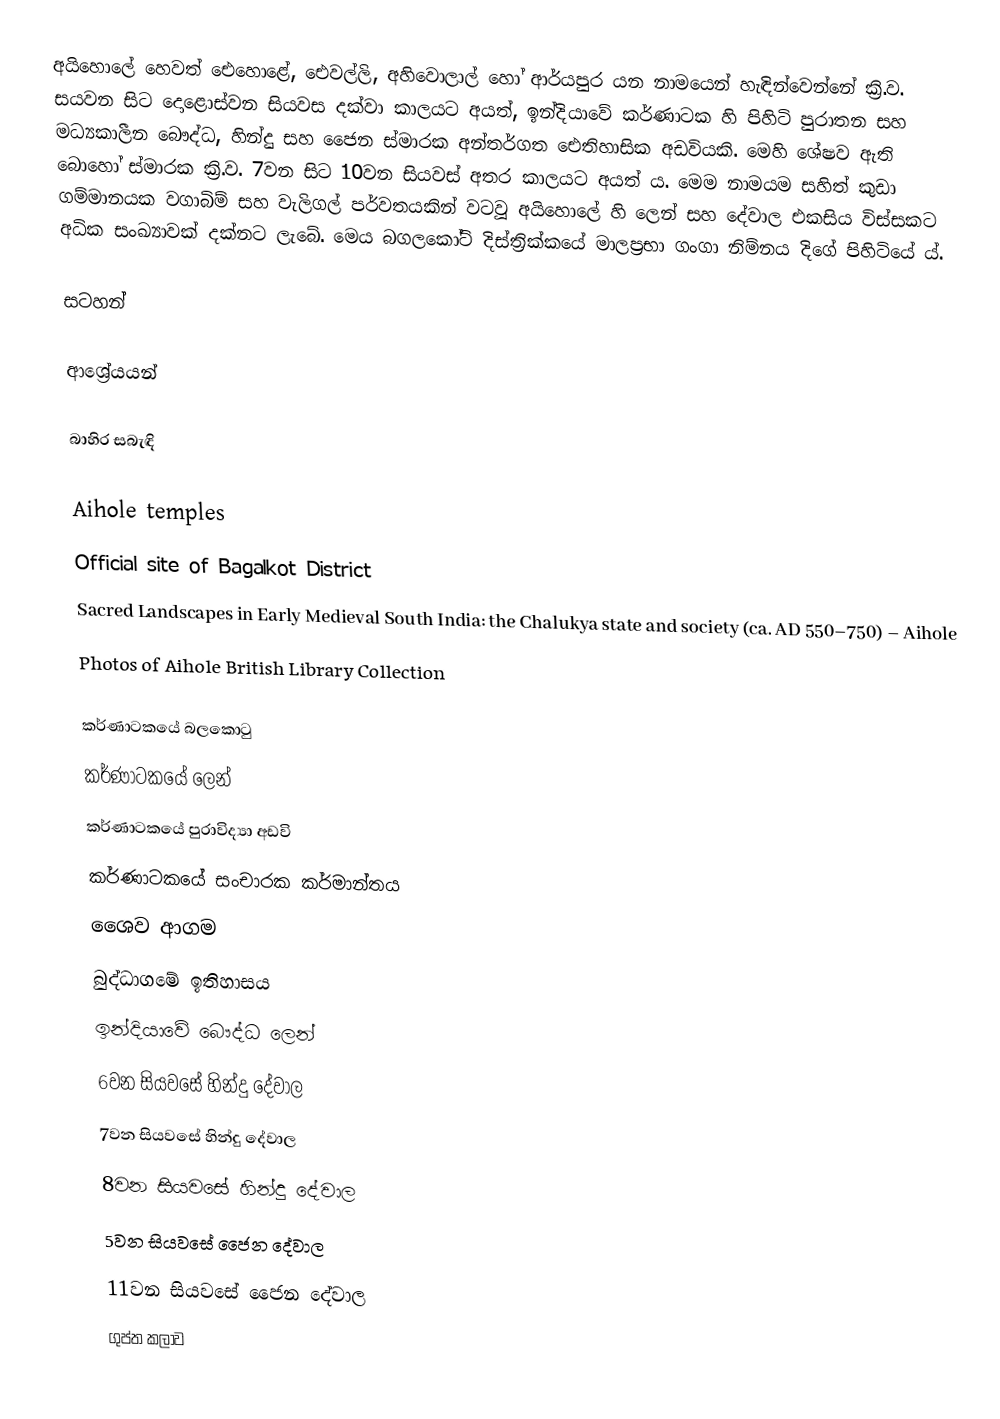
අයිහොලේ හෙවත් ඓහොළේ, ඓවල්ලි, අහිවොලාල් හෝ ආර්යපුර යන නාමයෙන් හැඳින්වෙන්නේ ක්‍රි.ව. සයවන සිට දොළොස්වන සියවස දක්වා කාලයට අයත්, ඉන්දියාවේ කර්ණාටක හි පිහිටි පුරාතන සහ මධ්‍යකාලීන බෞද්ධ, හින්දු සහ ජෛන ස්මාරක අන්තර්ගත ඓතිහාසික අඩවියකි. මෙහි ශේෂව ඇති බොහෝ ස්මාරක ක්‍රි.ව. 7වන සිට 10වන සියවස් අතර කාලයට අයත් ය.  මෙම නාමයම සහිත් කුඩා ගම්මානයක වගාබිම් සහ වැලිගල් පර්වතයකින් වටවූ අයිහොලේ හි ලෙන් සහ දේවාල එකසිය විස්සකට අධික සංඛ්‍යාවක් දක්නට ලැබේ. මෙය බගලකෝට් දිස්ත්‍රික්කයේ මාලප්‍රභා ගංගා නිම්නය දිගේ පිහිටියේ ය්.

සටහන්

ආශ්‍රේයයන්

බාහිර සබැඳි

Aihole temples
Official site of Bagalkot District
Sacred Landscapes in Early Medieval South India: the Chalukya state and society (ca. AD 550–750) – Aihole
Photos of Aihole British Library Collection

කර්ණාටකයේ බලකොටු
කර්ණාටකයේ ලෙන්
කර්ණාටකයේ පුරාවිද්‍යා අඩවි
කර්ණාටකයේ සංචාරක කර්මාන්තය
ශෛව ආගම
බුද්ධාගමේ ඉතිහාසය
ඉන්දියාවේ බෞද්ධ ලෙන්
6වන සියවසේ හින්දු දේවාල
7වන සියවසේ හින්දු දේවාල
8වන සියවසේ හින්දු දේවාල
5වන සියවසේ ජෛන දේවාල
11වන සියවසේ ජෛන දේවාල
ගුප්ත කලාව